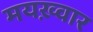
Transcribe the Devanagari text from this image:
मयख़्वार